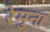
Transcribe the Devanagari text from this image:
रेमुना